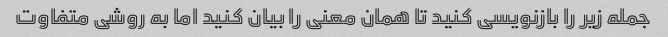
جمله زیر را بازنویسی کنید تا همان معنی را بیان کنید اما به روشی متفاوت